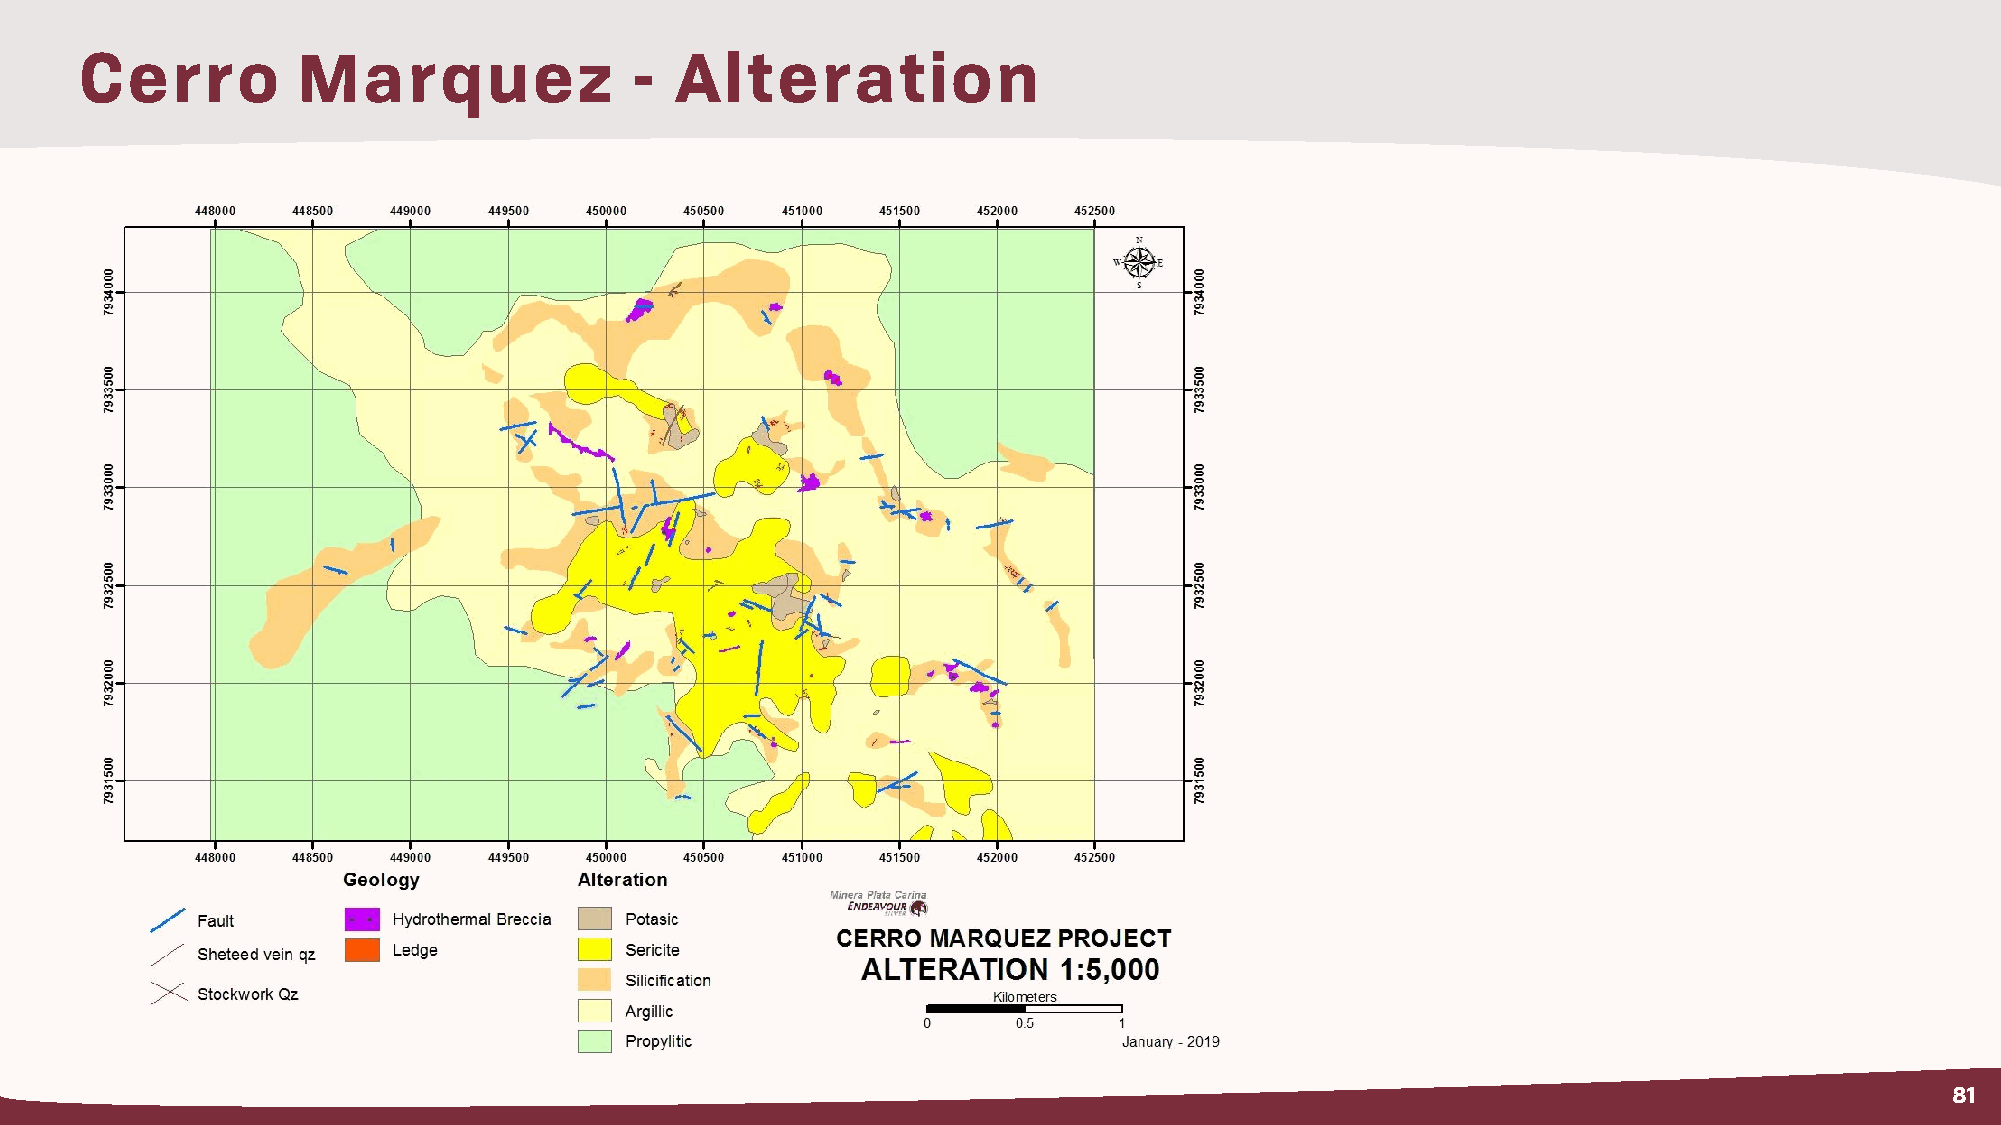
Cerro          Marquez               -  Alteration
 81